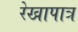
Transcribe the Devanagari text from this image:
रेखापात्र